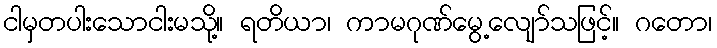
ငါမှတပါးသောငါးမသို့။ ရတိယာ၊ ကာမဂုဏ်မွေ့လျော်သဖြင့်။ ဂတော၊